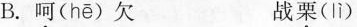
B.呵( hē )欠 战栗( Iì )